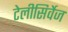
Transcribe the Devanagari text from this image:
टेलीसिर्वेज